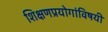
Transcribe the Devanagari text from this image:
शिक्षणप्रयोगांविषयी